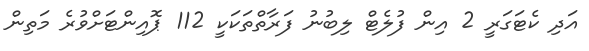
އަދި ކެޓަގަރީ 2 އިން ފުލެޓް ލިބުނު ފަރާތްތަކަކީ 112 ޕޮއިންޓަށްވުރެ މަތިން